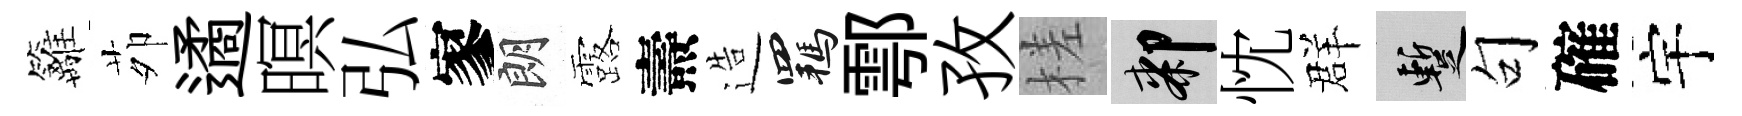
籬茆遹暝弘寥朗露燾造羈鄠孜槎膝忱群暫句確宇